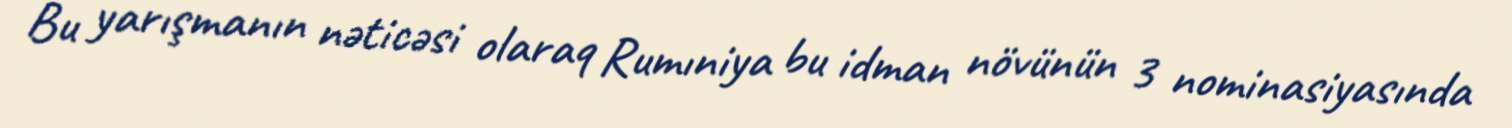
Bu yarışmanın nəticəsi olaraq Rumıniya bu idman növünün 3 nominasiyasında